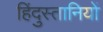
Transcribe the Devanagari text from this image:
हिंदुस्तानियों